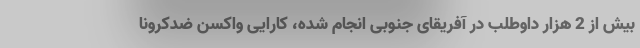
بیش از 2 هزار داوطلب در آفریقای جنوبی انجام شده، کارایی واکسن ضدکرونا